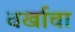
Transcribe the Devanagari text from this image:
वर्खाचा